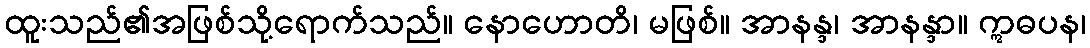
ထူးသည်၏အဖြစ်သို့ရောက်သည်။ နောဟောတိ၊ မဖြစ်။ အာနန္ဒ၊ အာနန္ဒာ။ ဣဓပန၊